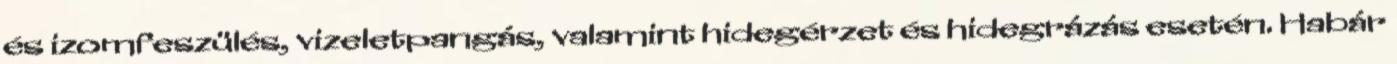
és izomfeszülés, vizeletpangás, valamint hidegérzet és hidegrázás esetén. Habár